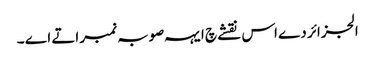
الجزائر دے اس نقشے چ ایہہ صوبہ نمبر اتے اے ۔